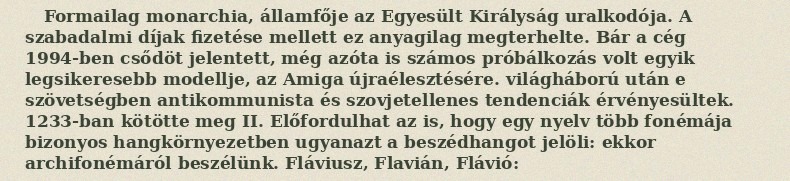
Formailag monarchia, államfője az Egyesült Királyság uralkodója. A szabadalmi díjak fizetése mellett ez anyagilag megterhelte. Bár a cég 1994-ben csődöt jelentett, még azóta is számos próbálkozás volt egyik legsikeresebb modellje, az Amiga újraélesztésére. világháború után e szövetségben antikommunista és szovjetellenes tendenciák érvényesültek. 1233-ban kötötte meg II. Előfordulhat az is, hogy egy nyelv több fonémája bizonyos hangkörnyezetben ugyanazt a beszédhangot jelöli: ekkor archifonémáról beszélünk. Fláviusz, Flavián, Flávió: